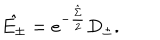
\hat { E _ { \pm } } = e ^ { - \frac { \hat { \Sigma } } { 2 } } D _ { \pm } .